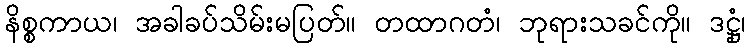
နိစ္စကာယ၊ အခါခပ်သိမ်းမပြတ်။ တထာဂတံ၊ ဘုရားသခင်ကို။ ဒဋ္ဌုံ၊